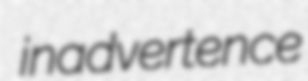
inadvertence